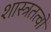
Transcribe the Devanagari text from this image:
शास्त्रतत्वों